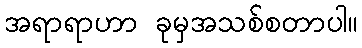
အရာရာဟာ ခုမှအသစ်စတာပါ။